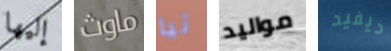
إليها ماوث تيا مواليد ديفيد